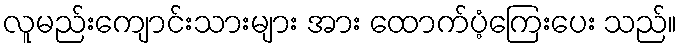
လူမည်းကျောင်းသားများ အား ထောက်ပံ့ကြေးပေး သည်။